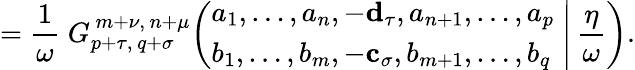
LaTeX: ={\frac{1}{\omega}}\; G_{p+\tau,\, q+\sigma}^{\, m+\nu,\, n+\mu}\! \left(\left.{\begin{array}{l}{a_{1},\dots,a_{n},-\mathbf{d_{\tau}},a_{n+1},\dots,a_{p}}\\ {b_{1},\dots,b_{m},-\mathbf{c_{\sigma}},b_{m+1},\dots,b_{q}}\end{array}}\; \right|\, {\frac{\eta}{\omega}}\right).